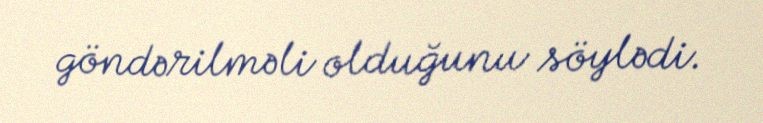
göndərilməli olduğunu söylədi.